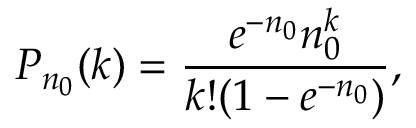
{ P } _ { n _ { 0 } } ( k ) = \frac { e ^ { - n _ { 0 } } n _ { 0 } ^ { k } } { k ! ( 1 - e ^ { - n _ { 0 } } ) } ,